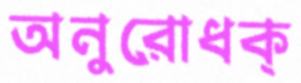
অনুরোধক্